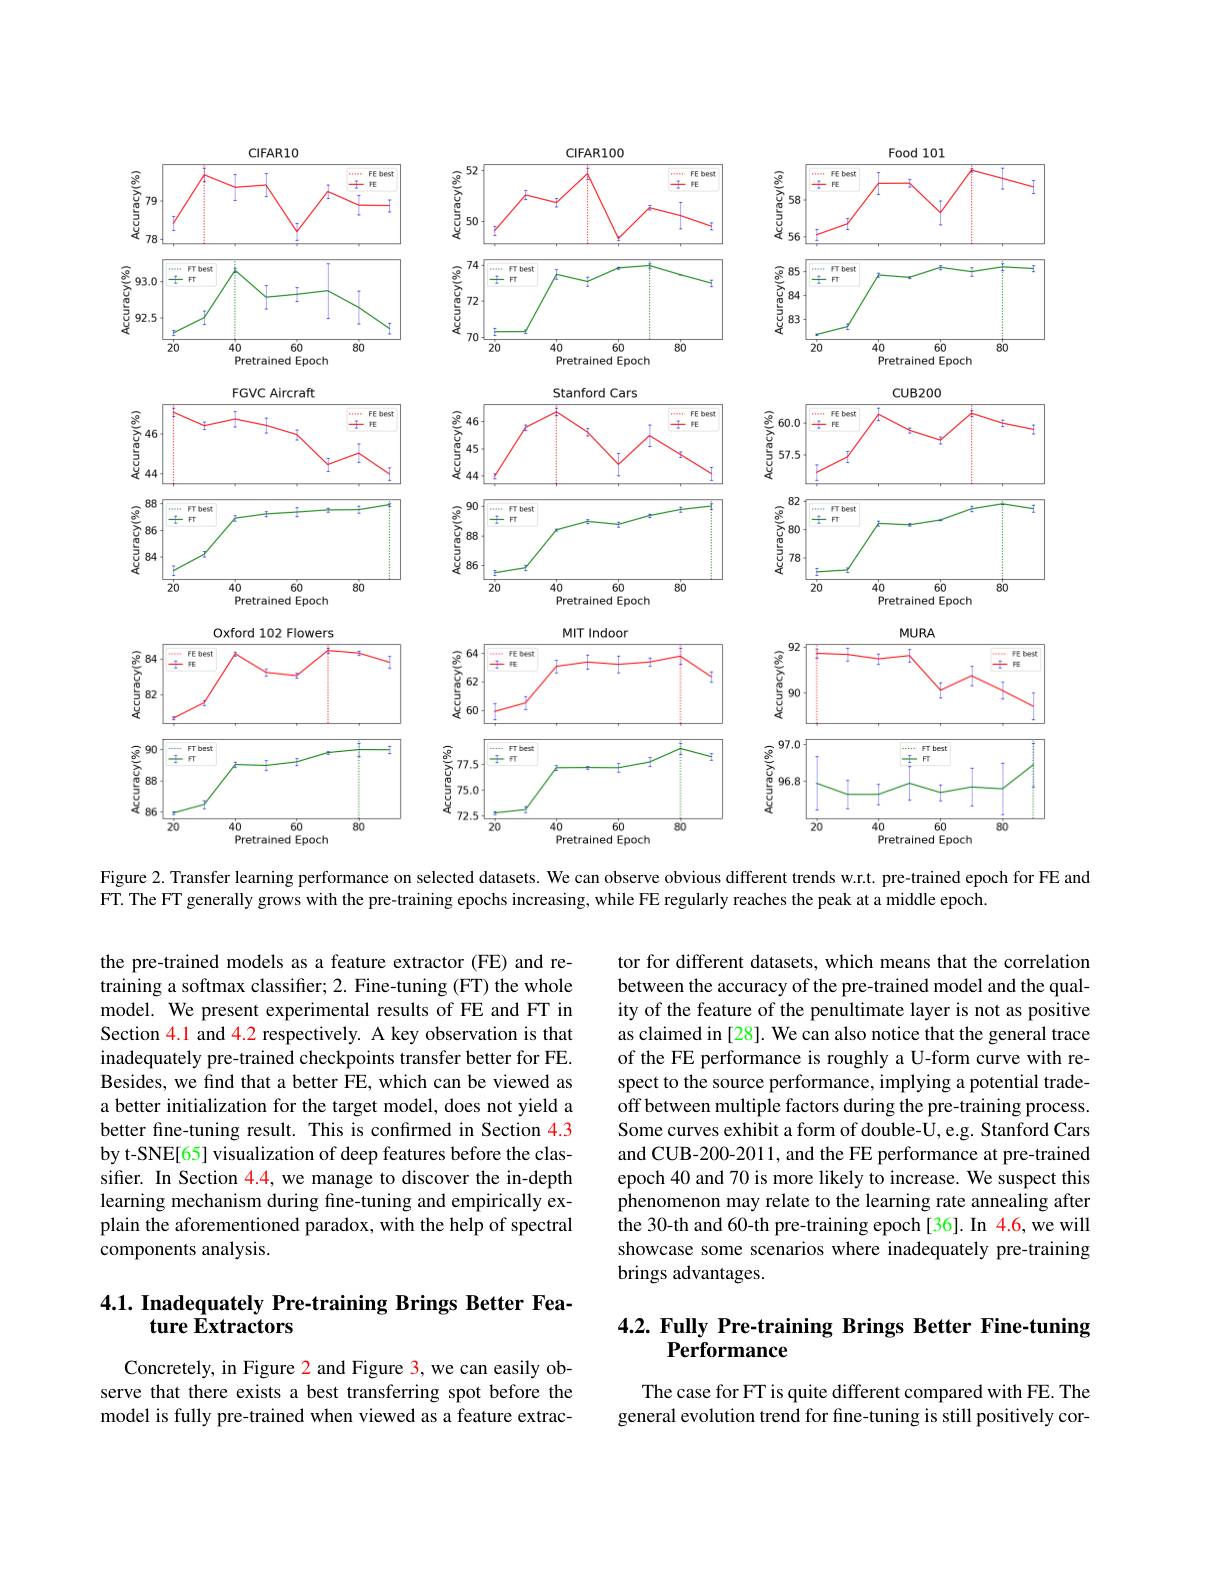
<FigureHere>

Figure 2. Transfer learning performance on selected datasets. We can observe obvious different trends w.r.t. pre-trained epoch for FE and
FT. The FT generally grows with the pre-training epochs increasing, while FE regularly reaches the peak at a middle epoch.

the pre-trained models as a feature extractor (FE) and retraining a softmax classifer; 2. Fine-tuning (FT) the whole model. We present experimental results of FE and FT in Section 4.1 and 4.2 respectively. A key observation is that inadequately pre-trained checkpoints transfer better for FE. Besides, we find that a better FE, which can be viewed as a better initialization for the target model, does not yield a better fine-tuning result. This is confırmed in Section 4.3 by t-SNE[65] visualization of deep features before the classifer. In Section 4.4, we manage to discover the in-depth learning mechanism during fine-tuning and empirically explain the aforementioned paradox, with the help of spectral components analysis.

tor for different datasets, which means that the correlation between the accuracy of the pre-trained model and the quality of the feature of the penultimate layer is not as positive as claimed in [28]. We can also notice that the general trace of the FE performance is roughly a U-form curve with respect to the source performance, implying a potential trade- $\hat{\text{off between multiple factors during the pre-training process.}}$ Some curves exhibit a form of double-$\hat{\mathcal{U}}$,e.g. Stanford Cars and CUB-200-2011, and the FE performance at pre-trained epoch 40 and 70 is more likely to increase. We suspect this phenomenon may relate to the learning rate annealing after the 30-th and 60-th pre-training epoch[36]. In 4.6, we will showcase some scenarios where inadequately pre-training brings advantages.

## 4.1. Inadequately Pre-training Brings Better Feature Extractors

# 4.2. Fully Pre-training Brings Better Fine-tuning Performance

Concretely, in Figure 2 and Figure 3, we can easily observe that there exists a best transferring spot before the model is fully pre-trained when viewed as a feature extrac-

The case for FT is quite different compared with FE. The general evolution trend for fine-tuning is still positively cor-